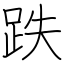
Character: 跌